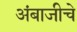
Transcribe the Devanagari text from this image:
अंबाजीचे